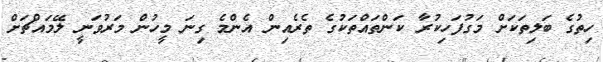
ހިތުގެ ބަލިތަކަށް މަގުފަހިކުރާ ކަންތައްތަކުގެ ތެރެއިން އެންމެ ގިނަ މީހުން މަރުވަނީ ލޭމައްޗަށް